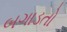
બગાડતો